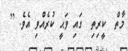
މާތް  ކީރިތި  ގައި ވަޙީ ކުރެއްވި އެވެ. [